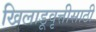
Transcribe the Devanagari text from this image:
खिलाडूवृत्तीसाठी